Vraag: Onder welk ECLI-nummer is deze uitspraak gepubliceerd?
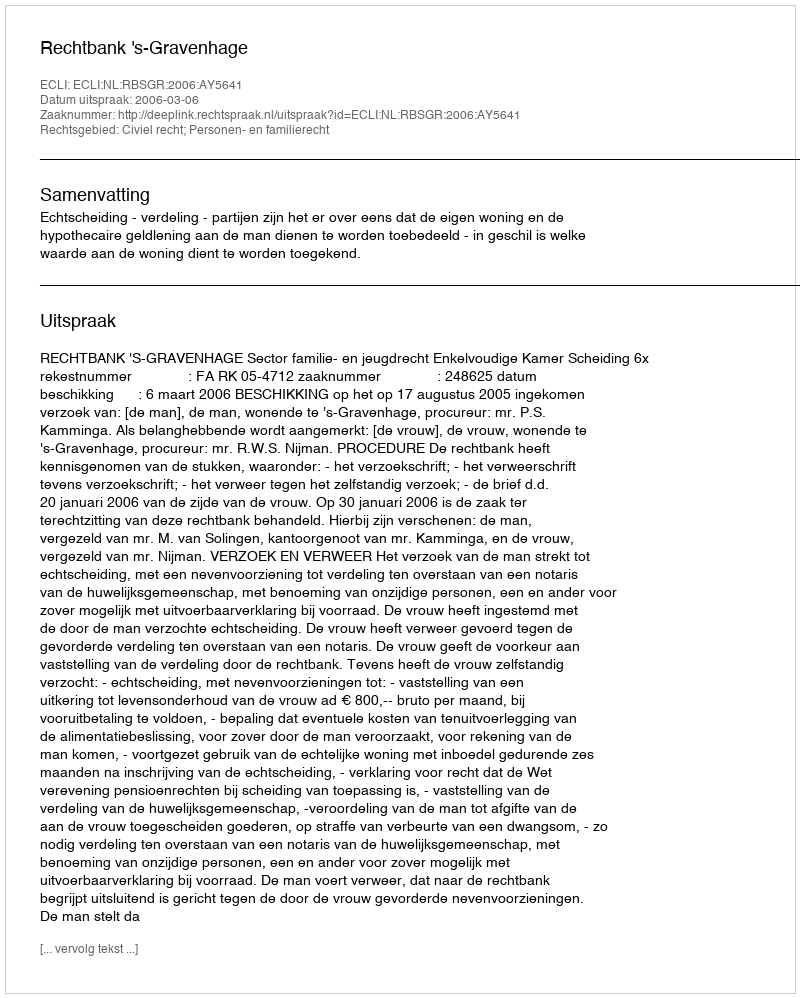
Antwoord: ECLI:NL:RBSGR:2006:AY5641